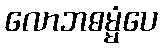
လောဘဓမ္မံပေ